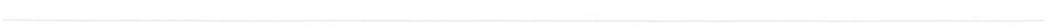
___